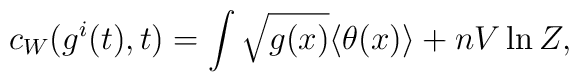
c_W(g^i(t), t) = \int \sqrt{g(x)} \langle \theta(x)\rangle + n V \ln Z ,